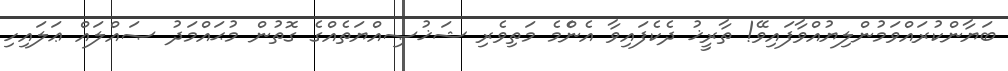
ބަޔާންކުރައްވަމުންލިޔުއްވާފައިވޭ! ތާރީޚު ދެކެފައިވާ އެންެމެ މަތިވެރި ޝަޚުޞިއްޔަތެއްގެ ގޮތުން މުޙައްމަދު ޞައްލައް ޢަލައިހި